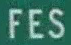
FES